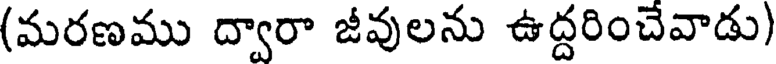
(మరణము ద్వారా జీవులను ఉద్దరించేవాడు)